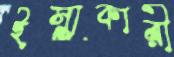
ইস্যুকারী